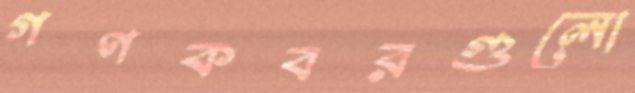
গণকবরগুলো